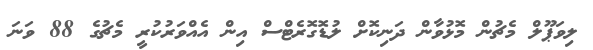
ލިވަޕޫލް މެޗުން މޮޅުވާން ދަނިކޮށް ލުޑޮގޮރެޓްސް އިން އެއްވަރުކުރީ މެޗުގެ 88 ވަނަ